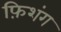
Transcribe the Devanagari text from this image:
फ़िशंग